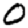
Digit: 0